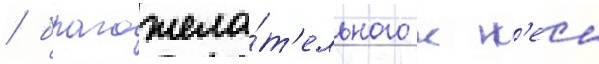
/ благожела́т'ельного к н'еи